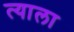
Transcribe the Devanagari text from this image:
त्‍याला